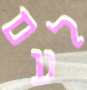
לעם